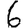
Digit: 6